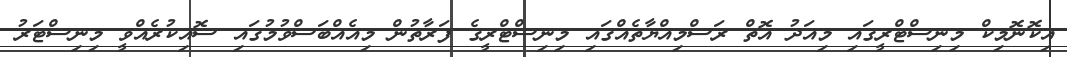
އިކޮނޮމިކް މިނިސްޓްރީގައި މިއަދު އޮތް ރަސްމިއްޔާތެއްގައި މިނިސްޓްރީގެ ފަރާތުން މިއެއްބަސްވުމުގައި ސޮއިކުރެއްވީ މިނިސްޓަރު